Leaving Certificate Examination, 1915
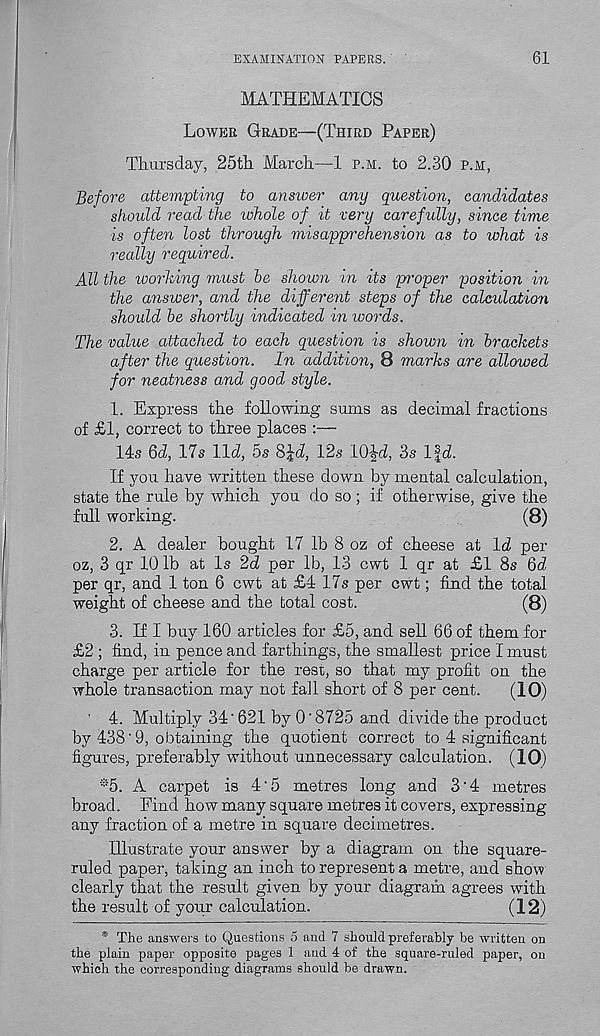
EXAMINATION PAPERS.
61
MATHEMATICS
Lower Grade—(Third Paper)
Thursday, 25th March—1 p.m. to 2.30 p.m,
Before attempting to answer any question, candidates
should read the ivhole of it very carefully, since time
is often lost through misapprehension as to what is
really required.
All the working must he shown in its proper position in
the answer, and the different steps of the calculation
should be shortly indicated in words.
The value attached to each question is shown in brackets
after the question. In addition, 8 marks are allowed
for neatness and good style.
1. Express the following sums as decimal fractions
of £1, correct to three places :—
14s 6d, 17s lid, 5s 8Jd, 12s 10-|-d, 3s Ifd.
If you have written these down by mental calculation,
state the rule by which you do so ; if otherwise, give the
full working.
(8)
2. A dealer bought 17 lb 8 oz of cheese at Id per
oz, 3 qr 10 lb at Is 2d per lb, 13 cwt 1 qr at £1 8s 6d
per qr, and 1 ton 6 cwt at £4 17s per cwt; find the total
weight of cheese and the total cost.
(8)
3. If I buy 160 articles for £5, and sell 66 of them for
£2 ; find, in pence and farthings, the smallest price I must
charge per article for the rest, so that my profit on the
whole transaction may not fail short of 8 per cent.
(10)
' 4. Multiply 34‘ 621 by O'8725 and divide the product
by 438'9, obtaining the quotient correct to 4 significant
figures, preferably without unnecessary calculation. (10)
*5. A carpet is 4'5 metres long and 3'4 metres
broad. Find how many square metres it covers, expressing
any fraction of a metre in square decimetres.
Illustrate your answer by a diagram on the square-
ruled paper, taking an inch to represent a metre, and show
clearly that the result given by your diagram agrees with
the result of your calculation.
(12)
* The answers to Questions 5 and 7 should preferably be written on
the plain paper opposite pages 1 and 4 of the square-ruled paper, on
which the corresponding diagrams should be drawn.